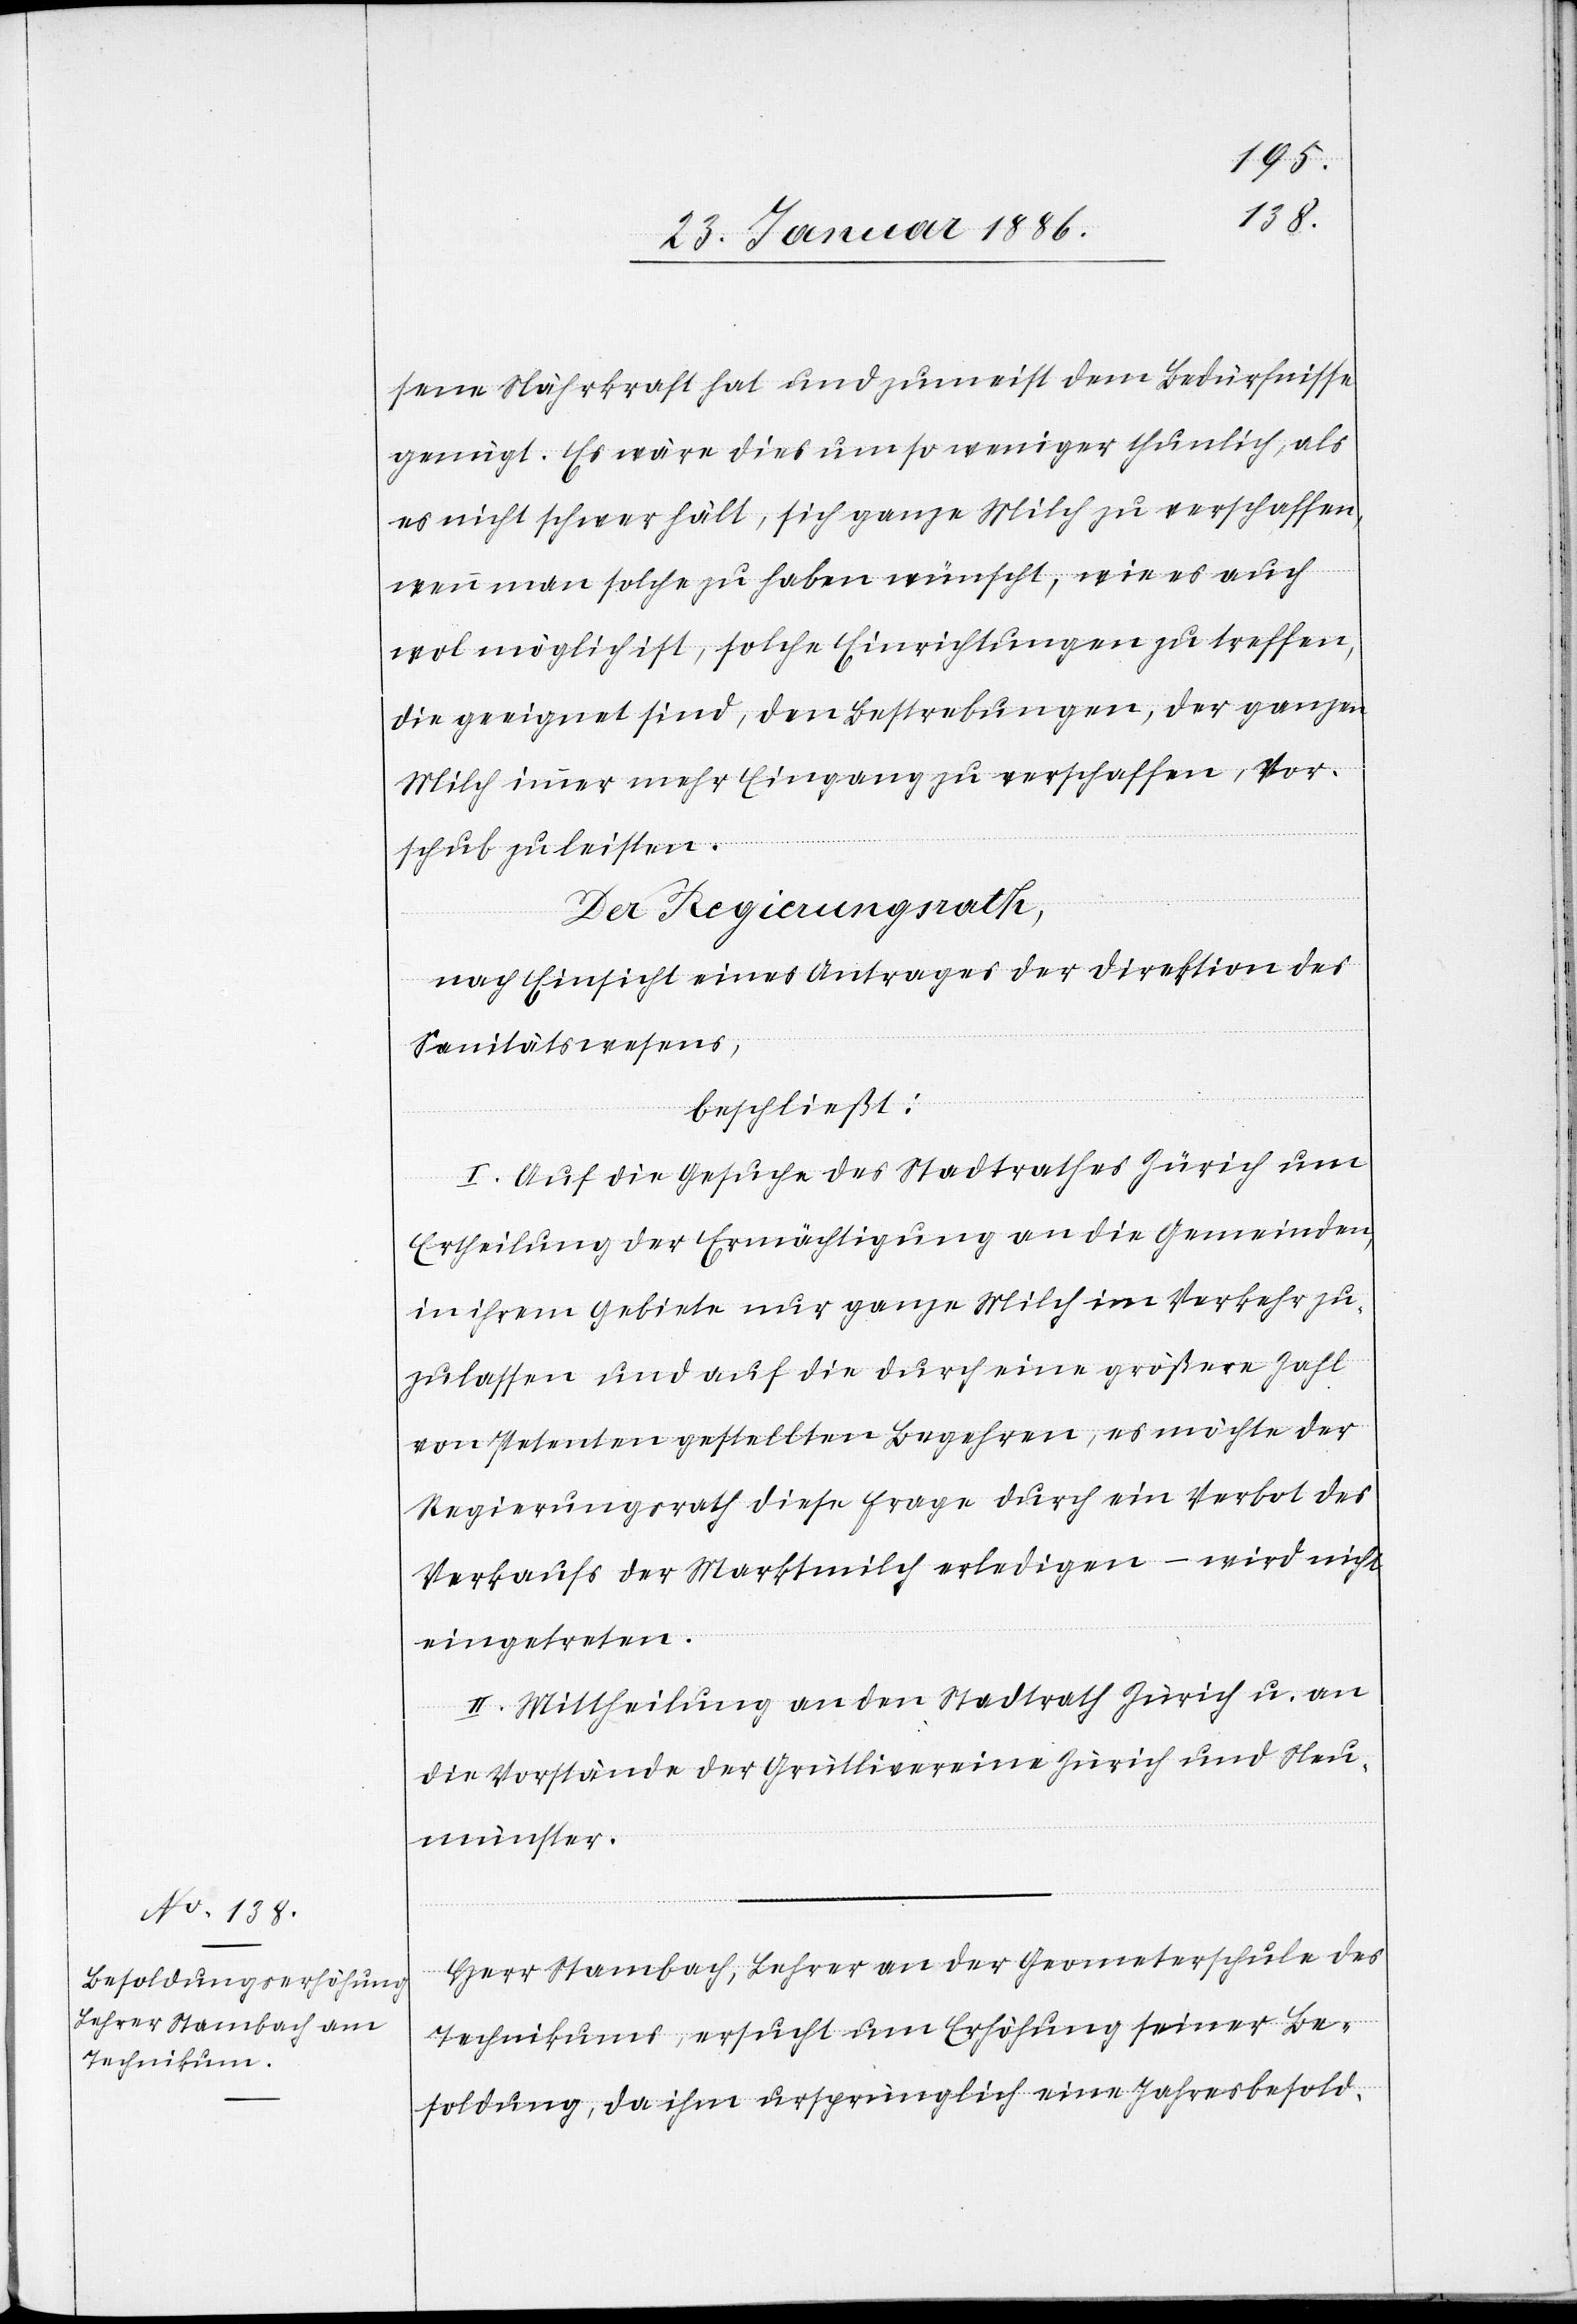
sene Nährkraft hat und zumeist dem Bedürfnisse
genügt. Es wäre dies um so weniger thunlich, als
es nicht schwer fällt, sich ganze Milch zu verschaffen,
wenn man solche zu haben wünscht, wie es auch
wol möglich ist, solche Einrichtungen zu treffen,
die geeignet sind, den Bestrebungen, der ganzen
Milch immer mehr Eingang zu verschaffen, Vor¬
schub zu leisten.
Der Regierungsrath,
nach Einsicht eines Antrages der Direktion des
Sanitätswesens,
beschließt:
I. Auf die Gesuche des Stadtrathes Zürich um
Ertheilung der Ermächtigung an die Gemeinden,
in ihrem Gebiete nur ganze Milch im Verkehr zu¬
zulassen und auf die durch eine größere Zahl
von Petenten gestellten Begehren, es möchte der
Regierungsrath diese Frage durch ein Verbot des
Verkaufs der Marktmilch erledigen – wird nicht
eingetreten.
II. Mittheilung an den Stadtrath Zürich u. an
die Vorstände der Grütlivereine Zürich und Neu¬
münster.
Herr Stambach, Lehrer an der Geometerschule des
Technikums, ersucht um Erhöhung seiner Be¬
soldung, da ihm ursprünglich eine Jahresbesold-